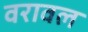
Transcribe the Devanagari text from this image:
वरावल